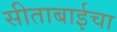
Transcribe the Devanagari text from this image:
सीताबाईचा